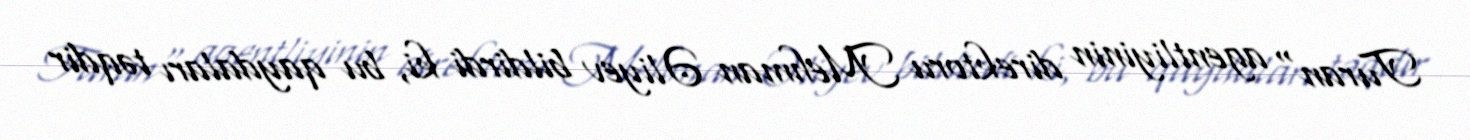
Turan" agentliyinin direktoru Mehman Əliyev bildirdi ki, bu qaydaları təqdir